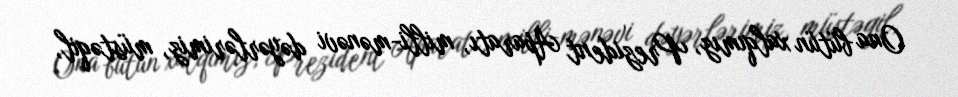
Ona bütün xalqımız, Prezident Aparatı, milli-mənəvi dəyərlərimiz, müstəqil,